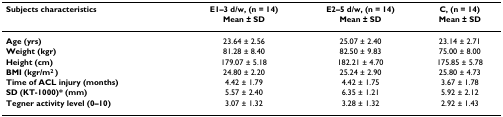
<table><thead><tr><td><b>Subjects characteristics</b></td><td><b>E1–3 d/w, (n = 14)</b></td><td><b>E2–5 d/w, (n = 14)</b></td><td><b>C, (n = 14)</b></td></tr><tr><td></td><td><b>Mean ± SD</b></td><td><b>Mean ± SD</b></td><td><b>Mean ± SD</b></td></tr></thead><tbody><tr><td><b>Age (yrs)</b></td><td>23.64 ± 2.56</td><td>25.07 ± 2.40</td><td>23.14 ± 2.71</td></tr><tr><td><b>Weight (kgr)</b></td><td>81.28 ± 8.40</td><td>82.50 ± 9.83</td><td>75.00 ± 8.00</td></tr><tr><td><b>Height (cm)</b></td><td>179.07 ± 5.18</td><td>182.21 ± 4.70</td><td>175.85 ± 5.78</td></tr><tr><td><b>BMI (kgr/m<sup>2 </sup>)</b></td><td>24.80 ± 2.20</td><td>25.24 ± 2.90</td><td>25.80 ± 4.73</td></tr><tr><td><b>Time of ACL injury (months)</b></td><td>4.42 ± 1.79</td><td>4.42 ± 1.75</td><td>3.67 ± 1.78</td></tr><tr><td><b>SD (KT-1000)* (mm)</b></td><td>5.57 ± 2.40</td><td>6.35 ± 1.21</td><td>5.92 ± 2.12</td></tr><tr><td><b>Tegner activity level (0–10)</b></td><td>3.07 ± 1.32</td><td>3.28 ± 1.32</td><td>2.92 ± 1.43</td></tr></tbody></table>